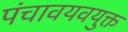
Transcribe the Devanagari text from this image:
पंचावयवयुक्त